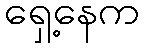
ရှေ့နေက